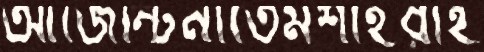
আর্জেন্টিনাতেমশাইরাই